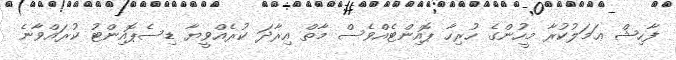
ފާހިޝް ޢަމަލުކުރާ މީހުންގެ ހުރިހާ ޕޮއިންޓެއްވެސް މާތް އިރާދަ ކުރެއްވީޔާ ޑިސެޕޮއިންޓު ކުރައްވާނެ